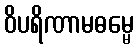
ဝိပရိဏာမဓမ္မေ